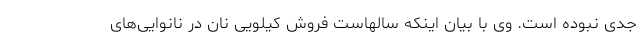
جدی نبوده است. وی با بیان اینکه سالهاست فروش کیلویی نان در نانوایی‌های